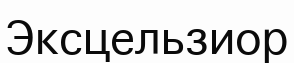
Эксцельзиор